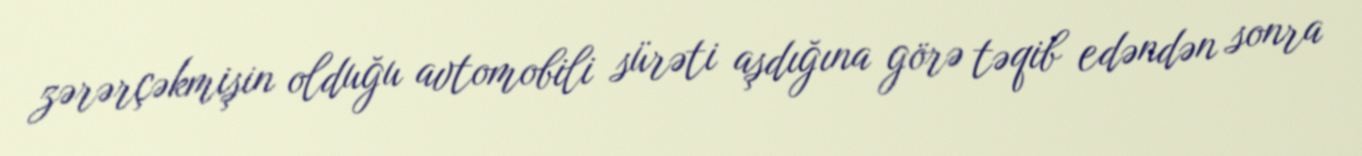
zərərçəkmişin olduğu avtomobili sürəti aşdığına görə təqib edəndən sonra